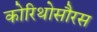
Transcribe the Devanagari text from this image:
कोरिथोसौरस